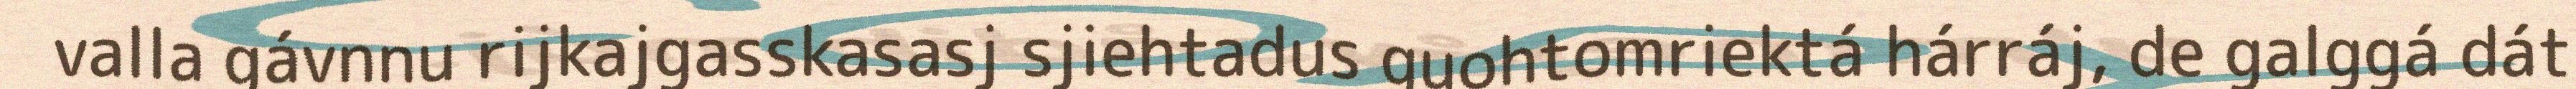
valla gávnnu rijkajgasskasasj sjiehtadus guohtomriektá hárráj, de galggá dát